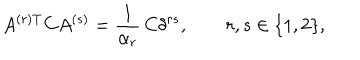
LaTeX: A ^ { ( r ) \mathrm { T } } C A ^ { ( s ) } = \frac { 1 } { \alpha _ { r } } \, C \delta ^ { r s } , \qquad r , s \in \{ 1 , 2 \} ,